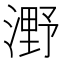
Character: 𣼫